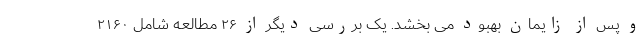
و پس از زایمان بهبود می بخشد. یک بررسی دیگر از ۲۶ مطالعه شامل ۲۱۶۰